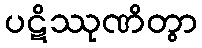
ပဋိဿုဏိတွာ